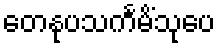
တေနုပသင်္ကမိံသုပေ